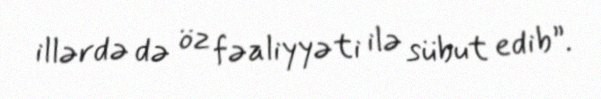
illərdə də öz fəaliyyəti ilə sübut edib”.